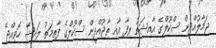
ޖަމާލުއްދީން ސްކޫލްގެ އާއިޝަތު ރިފާ އާއި ތާޖުއްދީން ސްކޫލްގެ ފާތިމަތު ލައިޝާ ހޮވިއްޖެ